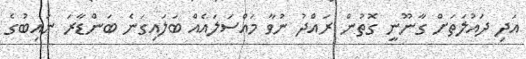
އަދި ދައުލަތަށް ގާނޫނީ ގޮތުން ރައްދު ނުވާ މައްސަލައެއް ބަލައިގަނެ ބަންޑާރަ ނައިބުގެ